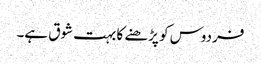
فردوس کو پڑھنے کا بہت شوق ہے۔